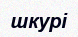
шкурі